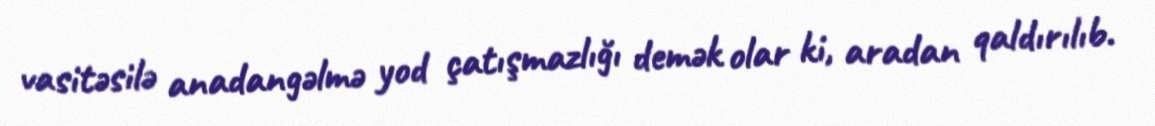
vasitəsilə anadangəlmə yod çatışmazlığı demək olar ki, aradan qaldırılıb.